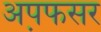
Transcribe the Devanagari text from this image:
अप़फसर